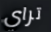
تراي